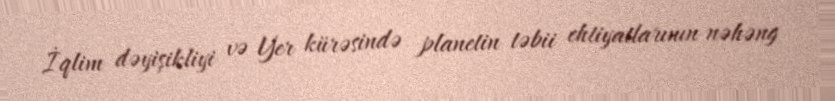
İqlim dəyişikliyi və Yer kürəsində planetin təbii ehtiyatlarının nəhəng